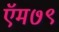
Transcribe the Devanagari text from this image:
ऍम७९